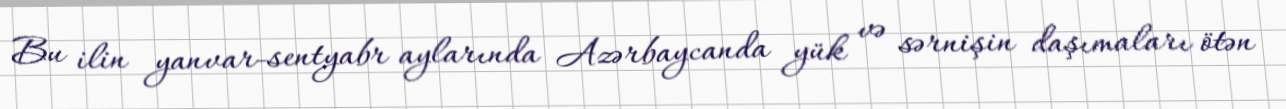
Bu ilin yanvar-sentyabr aylarında Azərbaycanda yük və sərnişin daşımaları ötən